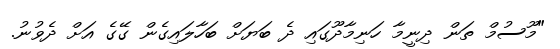
"މޫސުމް ތަން ދިނީމާ ހަނިމާދޫގައި ދެ ބަޔަށް ބަހާލައިގެން ގޭގެ އަށް ދެވުނު.